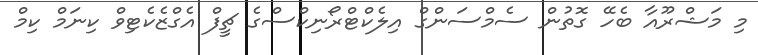
މި މަޝްރޫއާ ބެހޭ ގޮތުން ސެމްސަންގް އިލެކްޓްރޯނިކްސްގެ ޗީފް އެގްޒެކެޓިވް ކިނަމް ކިމް